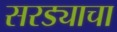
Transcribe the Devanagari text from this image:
सरड्याचा